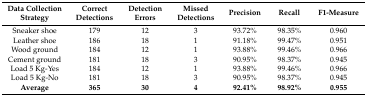
<table><thead><tr><td><b>Data Collection Strategy</b></td><td><b>Correct Detections</b></td><td><b>Detection Errors</b></td><td><b>Missed Detections</b></td><td><b>Precision</b></td><td><b>Recall</b></td><td><b>F1-Measure</b></td></tr></thead><tbody><tr><td>Sneaker shoe</td><td>179</td><td>12</td><td>3</td><td>93.72%</td><td>98.35%</td><td>0.960</td></tr><tr><td>Leather shoe</td><td>186</td><td>18</td><td>1</td><td>91.18%</td><td>99.47%</td><td>0.951</td></tr><tr><td>Wood ground</td><td>184</td><td>12</td><td>1</td><td>93.88%</td><td>99.46%</td><td>0.966</td></tr><tr><td>Cement ground</td><td>181</td><td>18</td><td>3</td><td>90.95%</td><td>98.37%</td><td>0.945</td></tr><tr><td>Load 5 Kg-Yes</td><td>184</td><td>12</td><td>1</td><td>93.88%</td><td>99.46%</td><td>0.966</td></tr><tr><td>Load 5 Kg-No</td><td>181</td><td>18</td><td>3</td><td>90.95%</td><td>98.37%</td><td>0.945</td></tr><tr><td><b>Average</b></td><td><b>365</b></td><td><b>30</b></td><td><b>4</b></td><td><b>92.41%</b></td><td><b>98.92%</b></td><td><b>0.955</b></td></tr></tbody></table>